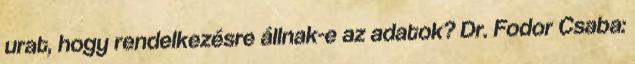
urat, hogy rendelkezésre állnak-e az adatok? Dr. Fodor Csaba: